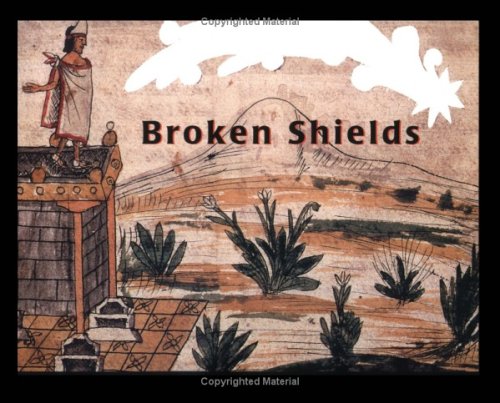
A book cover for Broken Shields (Stella); Krystyna Libura; Children's Books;